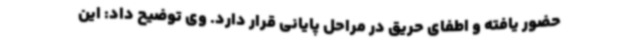
حضور یافته و اطفای حریق در مراحل پایانی قرار دارد. وی توضیح داد: این